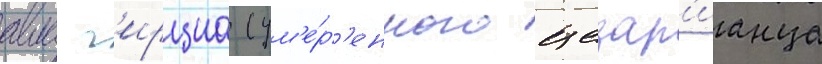
авла г'ирциа (ум'е́р'енного цезар'ианца